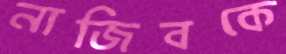
নাজিবকে